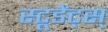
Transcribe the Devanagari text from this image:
स्टूडेंट्स्